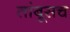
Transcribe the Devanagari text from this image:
तांबूसच